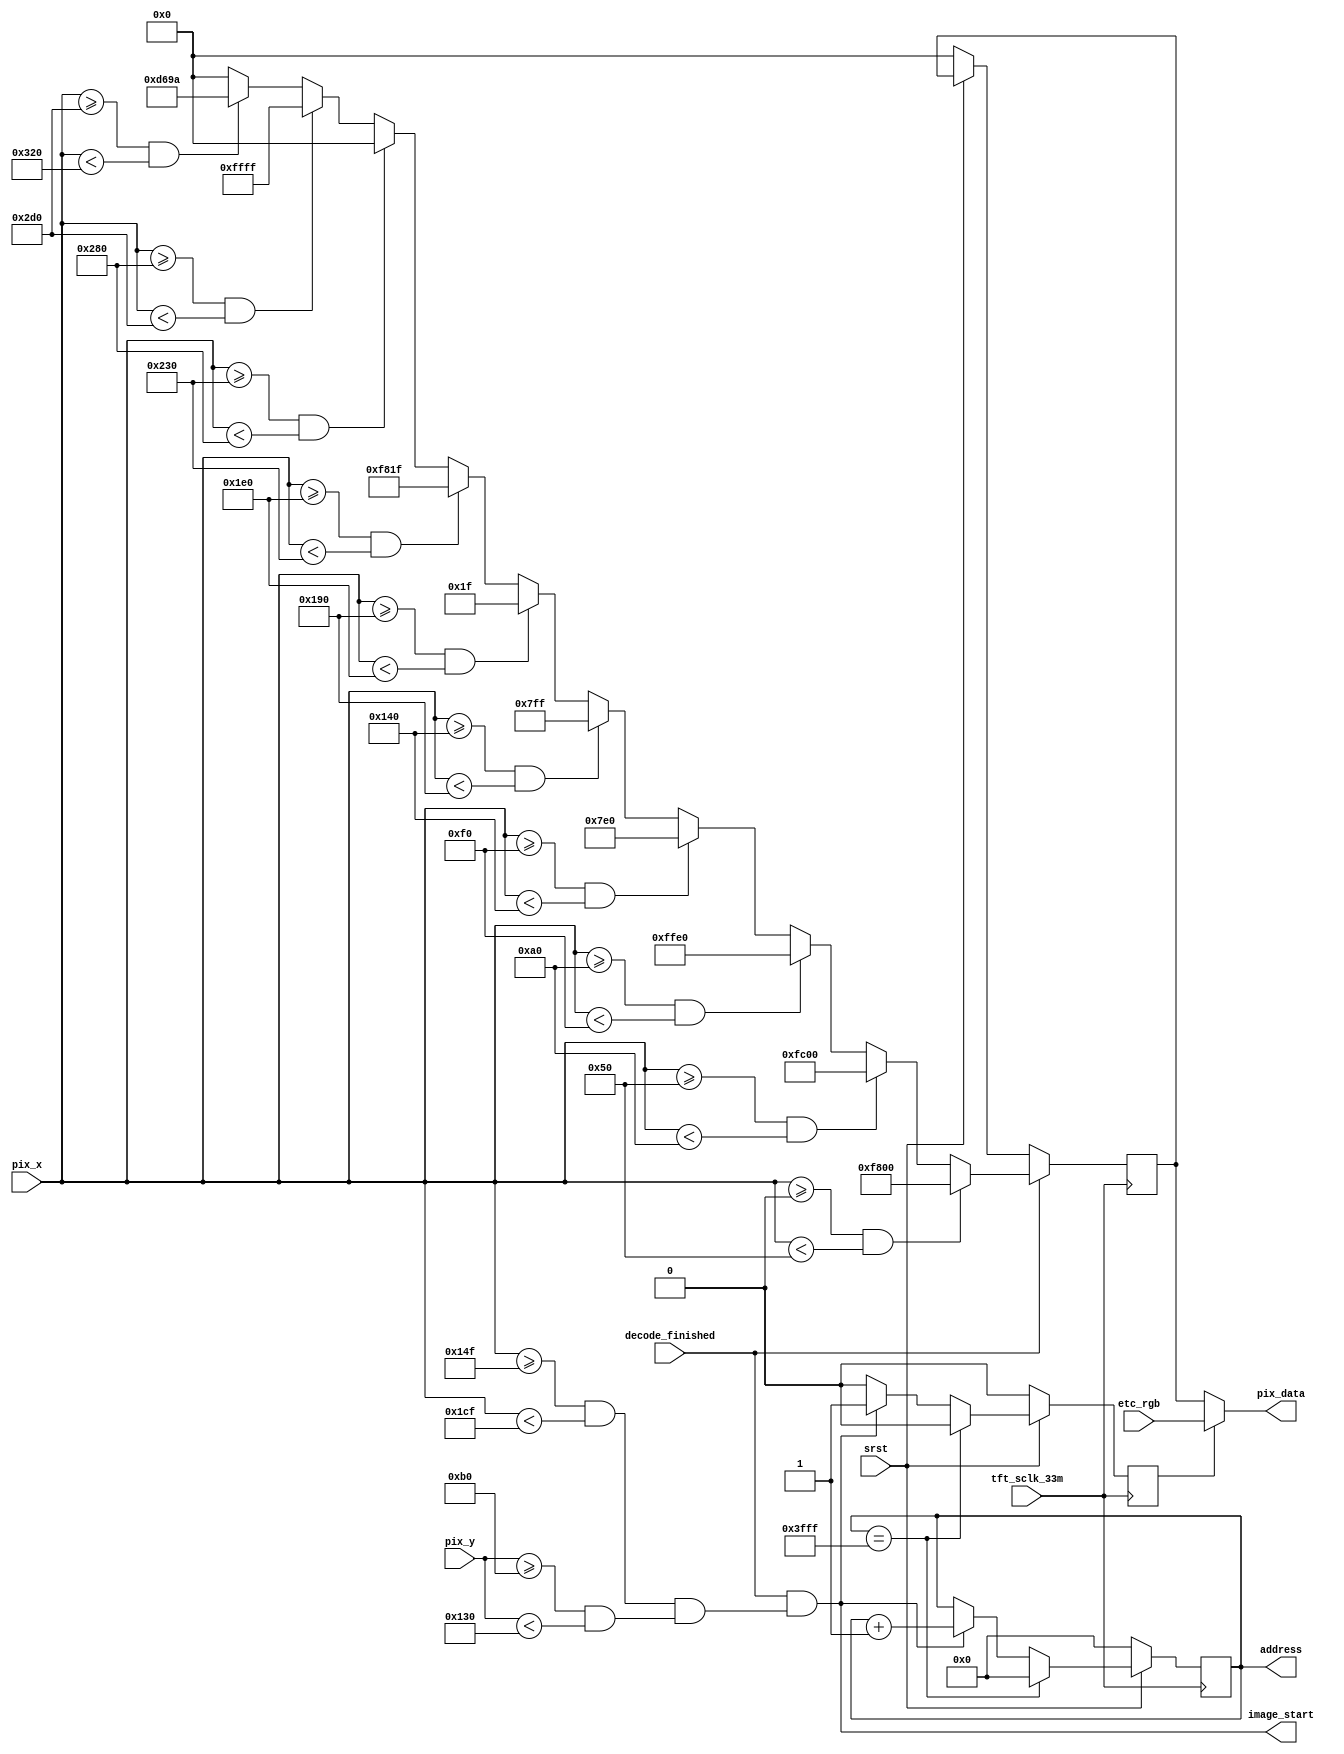
module tft_pix
(
    tft_sclk_33m,
    srst,

    pix_x,
    pix_y,
    decode_finished,
    etc_rgb,
    
    //output
    //rd_en,
    image_start,
    address,
    pix_data
);

parameter   H_VALID =   10'd800 ,
            V_VALID =   10'd480 ;

parameter   RED     =   16'hF800,
            ORANGE  =   16'hFC00,
            YELLOW  =   16'hFFE0,
            GREEN   =   16'h07E0,
            CYAN    =   16'h07FF,
            BLUE    =   16'h001F,
            PURPPLE =   16'hF81F,
            BLACK   =   16'h0000,
            WHITE   =   16'hFFFF,
            GRAY    =   16'hD69A;

parameter   HEIGHT   =   10'd128,
            WIDTH    =   10'd128,
            PIC_SIZE =   16'd16384;

input tft_sclk_33m;
input srst;

input [10:0] pix_x;
input [10:0] pix_y;
input [15:0] etc_rgb;
input decode_finished;


output [15:0] pix_data;
output [31:0] address;
output image_start;

reg rd_en;
reg [31:0] read_addr;
reg [15:0] rgb;
assign image_start = decode_finished &&(((pix_x >= (((H_VALID - HEIGHT)/2) - 1'b1))
                      && (pix_x < (((H_VALID - HEIGHT)/2) + HEIGHT - 1'b1))) 
                      &&((pix_y >= ((V_VALID - WIDTH)/2))
                      && ((pix_y < (((V_VALID - WIDTH)/2) + WIDTH)))));

assign pix_data = (rd_en == 1'b1) ? etc_rgb : rgb;
assign address  = read_addr;


always@(posedge tft_sclk_33m) begin
    if(!srst) begin
        read_addr <= 31'd0;
        rd_en     <= 1'b0;
    end
    else begin
        if (read_addr == (PIC_SIZE - 1'd1)) begin
            read_addr <= 31'd0;
            rd_en     <= 1'b0;
        end
        else if (image_start) begin
            read_addr <= read_addr + 2'd1;
            rd_en     <= 1'b1;
        end
        else begin
            read_addr <= read_addr;
            rd_en     <= 1'b0;
        end
    end
end


always@(posedge tft_sclk_33m) begin
    if(!srst)
        rgb <= 16'd0;
    if (decode_finished) begin
    if (( pix_x >= 0) && (pix_x < H_VALID / 10 * 1))
        rgb <= RED;
    else if (( pix_x >= (H_VALID / 10 * 1)) && (pix_x < (H_VALID / 10 * 2)))
        rgb <= ORANGE;
    else if (( pix_x >= (H_VALID / 10 * 2)) && (pix_x < (H_VALID / 10 * 3)))
        rgb <= YELLOW;
    else if (( pix_x >= (H_VALID / 10 * 3)) && (pix_x < (H_VALID / 10 * 4)))
        rgb <= GREEN;
    else if (( pix_x >= (H_VALID / 10 * 4)) && (pix_x < (H_VALID / 10 * 5)))
        rgb <= CYAN;
    else if (( pix_x >= (H_VALID / 10 * 5)) && (pix_x < (H_VALID / 10 * 6)))
        rgb <= BLUE;
    else if (( pix_x >= (H_VALID / 10 * 6)) && (pix_x < (H_VALID / 10 * 7)))
        rgb <= PURPPLE;
    else if (( pix_x >= (H_VALID / 10 * 7)) && (pix_x < (H_VALID / 10 * 8)))
        rgb <= BLACK;
    else if (( pix_x >= (H_VALID / 10 * 8)) && (pix_x < (H_VALID / 10 * 9)))
        rgb <= WHITE;
    else if (( pix_x >= (H_VALID / 10 * 9)) && (pix_x < (H_VALID)))
        rgb <= GRAY;
    else
        rgb <= BLACK;
    end
end

endmodule